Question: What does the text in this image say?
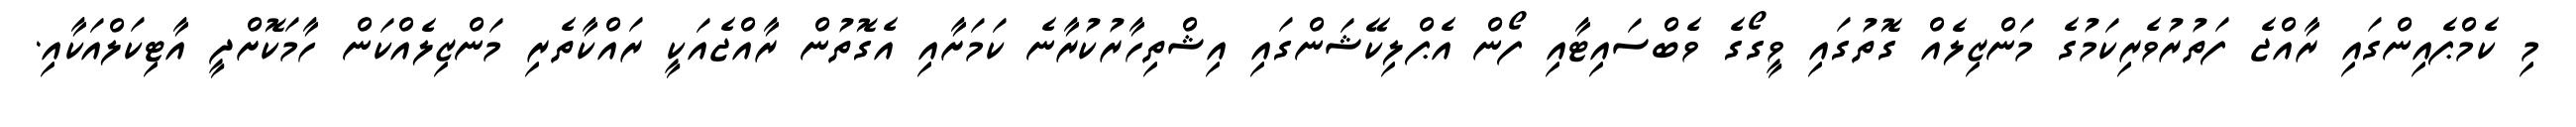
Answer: މި ކެމްޕެއިންގައި ރާއްޖެ ފަތުރުވެރިކަމުގެ މަންޒިލެއް ގޮތުގައި ވީގޯގެ ވެބްސައިޓާއި ފޯން އެޕްލިކޭޝަންގައި އިޝްތިހާރުކުރާނެ ކަމަށާއި އެގޮތުން ރާއްޖެއަކީ ރައްކާތެރި މަންޒިލެއްކަން ހާމަކޮށްދީ އާޓިކަލްއަކާއި.